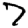
Digit: 7